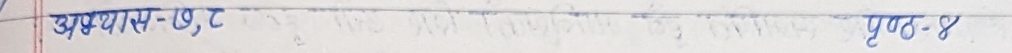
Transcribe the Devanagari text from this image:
अभ्यास-१७,२ पृष्ठ-४